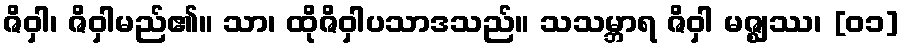
ဇိဝှါ၊ ဇိဝှါမည်၏။ သာ၊ ထိုဇိဝှါပသာဒသည်။ သသမ္ဘာရ ဇိဝှါ မဇ္ဈဿ၊ [၀၁]